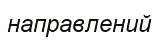
направлений